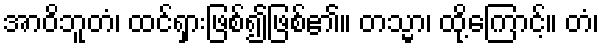
အာဝိဘူတံ၊ ထင်ရှားဖြစ်၍ဖြစ်၏။ တသ္မာ၊ ထို့ကြောင့်။ တံ၊